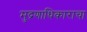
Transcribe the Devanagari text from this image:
मुद्रणाधिकाराचा